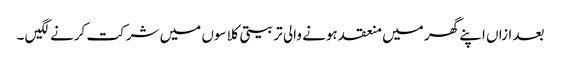
بعد ازاں اپنے گھر میں منعقد ہونے والی تربیتی کلاسوں میں شرکت کرنے لگیں ۔